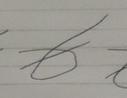
Signature authenticity: forged